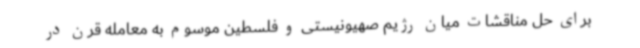
برای حل مناقشات میان رژیم صهیونیستی و فلسطین موسوم به معامله قرن در